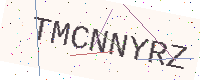
Text: TMCNNYRZ